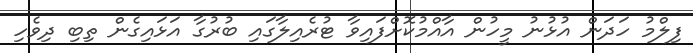
ފިލްމު ހަދަން އުޅުނު މީހުން އާއްމުކޮށްފައިވާ ޓުރެއިލާގައި ބުރުގާ އަޅައިގެން ތިބި ދިވެހި